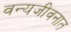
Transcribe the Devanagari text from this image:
वन्यजीवनात